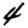
Digit: 4